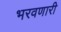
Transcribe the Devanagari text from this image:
भरवणारी